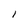
Character: l